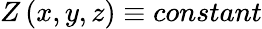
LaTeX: Z\left(x,y,z\right)\equiv constant